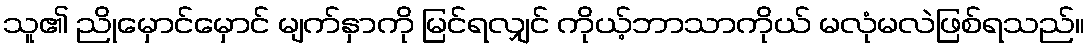
သူ၏ ညိုမှောင်မှောင် မျက်နှာကို မြင်ရလျှင် ကိုယ့်ဘာသာကိုယ် မလုံမလဲဖြစ်ရသည်။